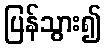
ပြန်သွား၍